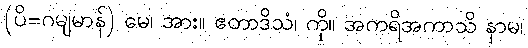
(ပိ=ဂမျမာန်) မေ၊ အား။ ဧတာဒိသံ၊ ကို။ အကရိအကာသိ နာမ၊